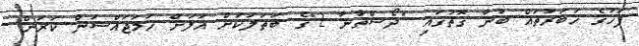
ފަހުގެ ޚަބަރުތައް ބުނާ ގޮތުގައި "ދޯސްތާނާ 2"ގެ ބަތަލަކަށް އަލަށް ހަމަޖައްސަން ކަރަން